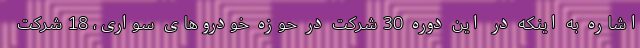
اشاره به اینکه در این دوره 30 شرکت در حوزه خودروهای سواری، 18 شرکت